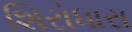
શિરોધારા